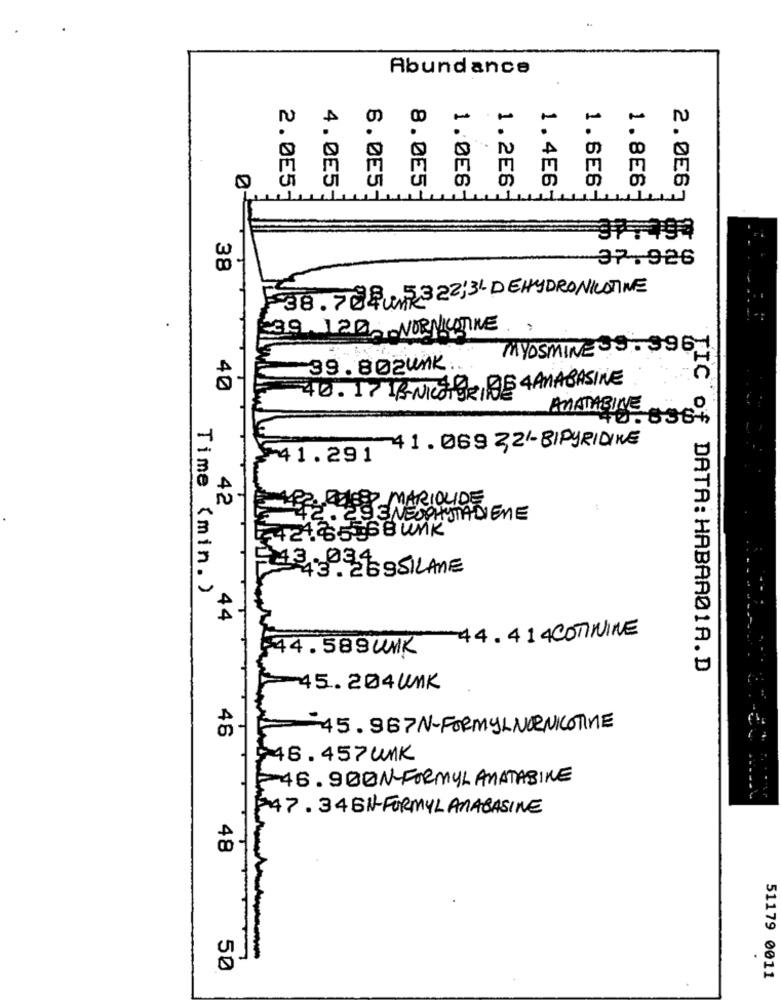
Abundance
N
.
...
M
2.055
4.0E5
8.0E5
1.0E6
1.2E6
6.0E5
1.4E6
1.6E6.
1.8E6-
2.0E6
37.926
38
38.70 cm322;3- DEHYDRONICOTINE
39.120, NORNICOTINE:
MYOSMINE 39 . 396
39. 802unk
40
40. 17 IS NICE GRIBE 4ANABASINE
AMATABINE
40.0004
-41. 069 32/-BIPyRIDINE
41.291
42
ARMARIOLIDE
2. 293 NEOPHSTADIENE
2. 85368 UNK
. ZESSILANE
Time (min. )
.44
44.414 COTININE
44. 589 UNK
DATA: HABAAØ1A.D
45. 204 UNK
46
45.967N-FORMYLNORNICOTINE
6.457 UNK
46.9BON-FORMUL AMATABINE
47.34 BN-FORMYLANABASINE
48
.
50
51179 0011